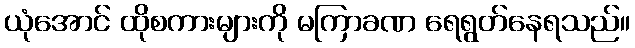
ယုံအောင် ထိုစကားများကို မကြာခဏ ရေရွတ်နေရသည်။